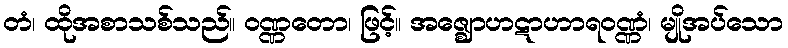
တံ၊ ထိုအစာသစ်သည်။ ဝဏ္ဏတော၊ ဖြင့်။ အဇ္ဈောဟဋာဟာရဝဏ္ဏံ၊ မျိုအပ်သော